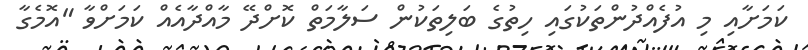
ކަމަށާއި މި އުފެއްދުންތަކުގައި ހިތުގެ ބަލިތަކުން ސަލާމަތް ކޮށްދޭ މާއްދާއެއް ކަމަށްވާ "އޮމެގާ